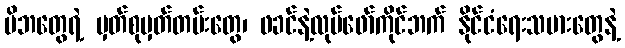
မိဘတွေရဲ့ မှတ်စုမှတ်တမ်းတွေ၊ ဖခင်နဲ့လုပ်ဖော်ကိုင်ဘက် နိုင်ငံရေးသမားတွေနဲ့